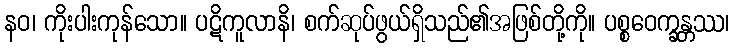
နဝ၊ ကိုးပါးကုန်သော။ ပဋိကူလာနိ၊ စက်ဆုပ်ဖွယ်ရှိသည်၏အဖြစ်တို့ကို။ ပစ္စဝေက္ခန္တဿ၊